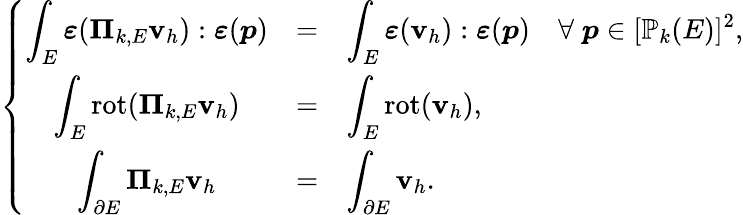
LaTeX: \left\{ \begin{array}{ccl}{\displaystyle{\int_{E}\boldsymbol{\varepsilon}(\boldsymbol{\Pi}_{k,E}\textbf{v}_{h}):\boldsymbol{\varepsilon}(\boldsymbol{p})}}&{=}&{\displaystyle{\int_{E}\boldsymbol{\varepsilon}(\textbf{v}_{h}):\boldsymbol{\varepsilon}(\boldsymbol{p})}\quad\forall\; \boldsymbol{p}\in[\mathbb{P}_{k}(E)]^{2},}\\ {\displaystyle{\int_{E}\mathrm{rot}(\boldsymbol{\Pi}_{k,E}\textbf{v}_{h})}}&{=}&{\displaystyle{\int_{E}\mathrm{rot}(\textbf{v}_{h})},}\\ {\displaystyle{\int_{\partial E}\boldsymbol{\Pi}_{k,E}\textbf{v}_{h}}}&{=}&{\displaystyle{\int_{\partial E}\textbf{v}_{h}}.}\end{array}\right.